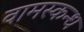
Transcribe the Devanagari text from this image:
वामस्कन्ध